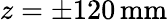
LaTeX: z=\pm 120\, \mathrm{mm}